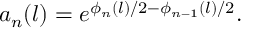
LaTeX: a _ { n } ( l ) = e ^ { \phi _ { n } ( l ) / 2 - \phi _ { n - 1 } ( l ) / 2 } .